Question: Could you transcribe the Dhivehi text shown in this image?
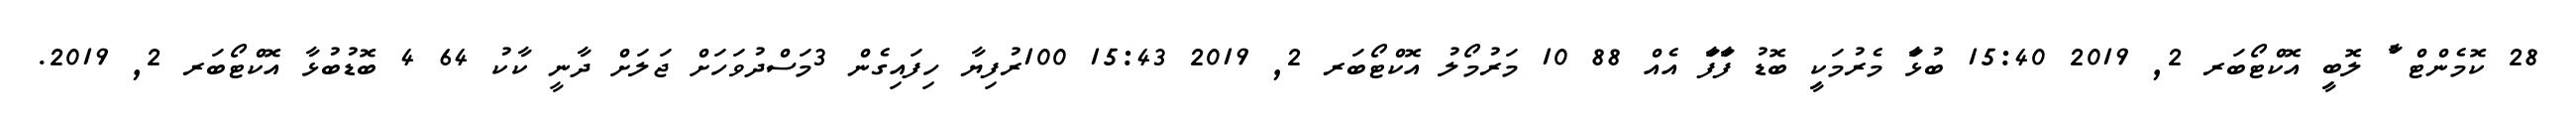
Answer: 28 ކޮމެންޓް ާު ލޮބިީ އޮކްޓޯބަރ 2, 2019 15:40 ބުޅަާ މެރުމަކިީ ބޮޑު ފަާފަާ އެއް 88 10 މަރުމޯލު އޮކްޓޯބަރ 2, 2019 15:43 100ރުފިޔާ ހިފައިގެން 3މަސްދުވަހަށް ޖަލަށް ދާނީ ކާކު 64 4 ބޮޑުބުޅާ އޮކްޓޯބަރ 2, 2019.